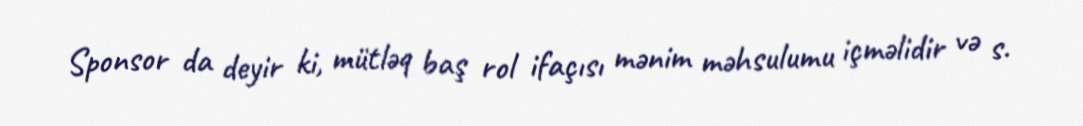
Sponsor da deyir ki, mütləq baş rol ifaçısı mənim məhsulumu içməlidir və s.